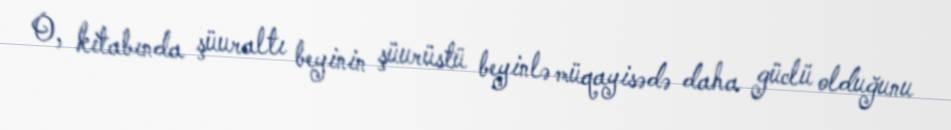
O, kitabında şüuraltı beyinin şüurüstü beyinlə müqayisədə daha güclü olduğunu